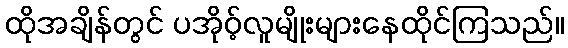
ထိုအချိန်တွင် ပအိုဝ့်လူမျိုးများနေထိုင်ကြသည်။